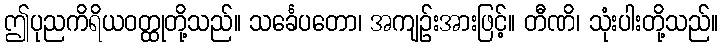
ဤပုညကိရိယဝတ္ထုတို့သည်။ သင်္ခေပတော၊ အကျဉ်းအားဖြင့်။ တီဏိ၊ သုံးပါးတို့သည်။